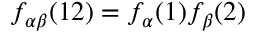
f _ { \alpha \beta } ( 1 2 ) = f _ { \alpha } ( 1 ) f _ { \beta } ( 2 )